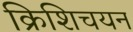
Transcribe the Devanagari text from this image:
क्रिशिचयन